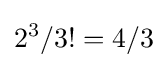
2^{3}/3!=4/3